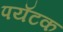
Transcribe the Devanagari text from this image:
पयॅटक